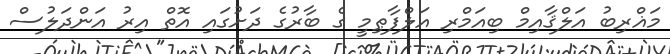
މަޣްރިބު އަލްޤާއިމް ބިއަމްރި އަލްފާޠިމީ ގެ ބާރުގެ ދަށުގައި އޮތް އިރު އަންދަލުސް